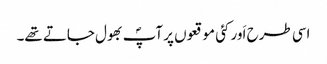
اسی طرح اَور کئی موقعوں پر آپؐ بھول جاتے تھے۔